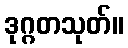
ဒုဂ္ဂတသုတ်။